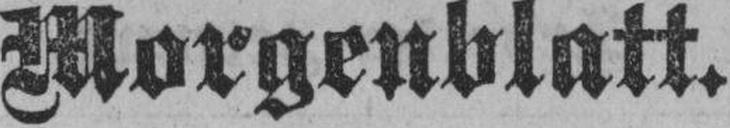
Morgenblatt.